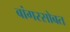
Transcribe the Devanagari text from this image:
बांगरसोबत